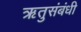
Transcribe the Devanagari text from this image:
ऋतुसंबंधी